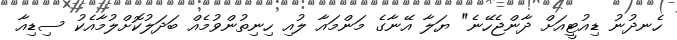
ހެނދުނު ޑިއުޓީއަށް ދާންޖެހޭނެ" ޔަލާ އޭނާގެ މަންމައާ ލުއި ހިނިތުންވުމެއް ބަދަލުކޮށްލުމާއެކު ސިޑިއާ